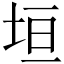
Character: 垣